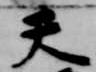
天